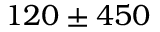
1 2 0 \pm 4 5 0